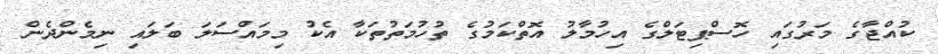
ކުއްޖާގެ މަރުގައި ހޮސްޕިޓަލްގެ އިހުމާލު އޮތްކަމުގެ ތުހުމަތުތަކާ އެކު މިމައްސަލަ ބަލައި ނިމެންދެން